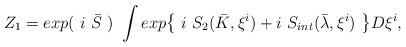
LaTeX: \begin{align*}Z_1=exp(~i ~\bar{S}~)~\int exp {\left\{~i~S_{2}(\bar{K},\xi^{i})+i~S_{int}(\bar{\lambda},\xi^{i})~\right\}}D\xi^{i},\end{align*}